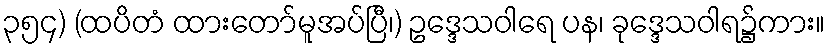
၃၅၄) (ထပိတံ ထားတော်မူအပ်ပြီ၊) ဥဒ္ဒေသဝါရေ ပန၊ ခုဒ္ဒေသဝါရ၌ကား။